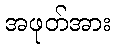
အဖုတ်အား